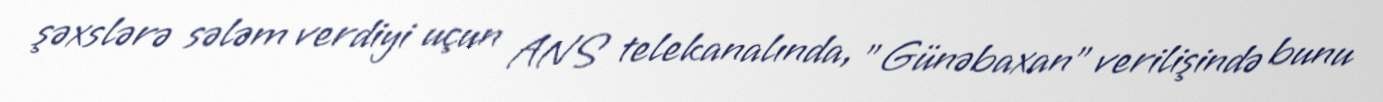
şəxslərə sələm verdiyi uçun ANS telekanalında, ”Günəbaxan" verilişində bunu